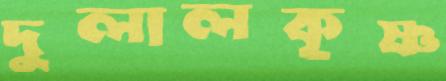
দুলালকৃষ্ণ